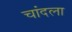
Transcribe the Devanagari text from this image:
चांदला